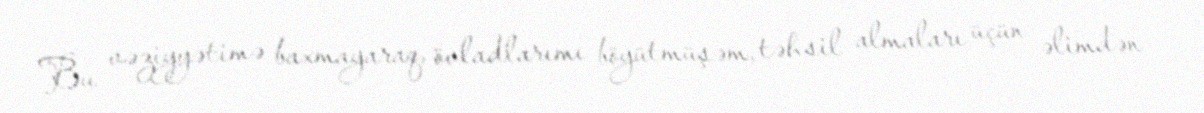
Bu vəziyyətimə baxmayaraq, övladlarımı böyütmüşəm, təhsil almaları üçün əlimdən